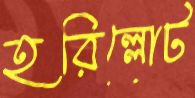
হরিল্লোট